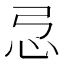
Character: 𢗂